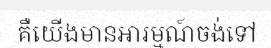
គឺយើងមានអារម្មណ៍ចង់ទៅ